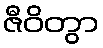
ဇီဝိတွာ